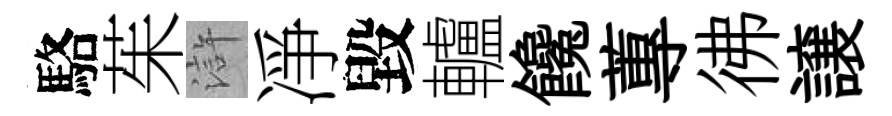
駱茱滸凈毀轤饞蓴彿譲